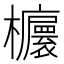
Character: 𣠯